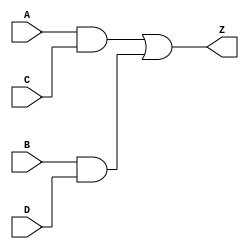
module boolean_equation (
    input wire A,
    input wire B,
    input wire C,
    input wire D,
    output wire Z
);

assign Z = (A & C) | (B & D);

endmodule